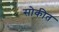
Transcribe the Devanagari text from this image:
सोकीत